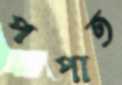
পপাত